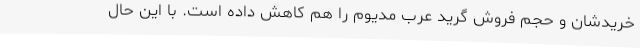
خریدشان و حجم فروش گرید عرب مدیوم را هم کاهش داده است. با این حال